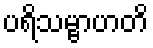
ပရိသမ္ဗာဟတိ